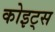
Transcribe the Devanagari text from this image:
कोइट्स